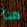
هنا